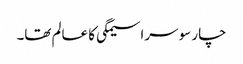
چار سو سراسیمگی کا عالم تھا۔